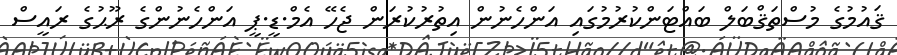
ޤައުމުގެ މުސްތަޤްބަލް ބައްޓަންކުރުމުގައި އަންހެނުން އިތުރުކުރަން ޖެހޭ އެމް.ޑީ.ޕީ އަންހެނުންގެ ރޫޙުގެ ރައީސް